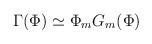
LaTeX: \begin{align*}\Gamma(\Phi) \simeq \Phi_{m} G_{m} (\Phi)\end{align*}